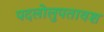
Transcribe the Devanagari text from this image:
पदलोलुपतावश